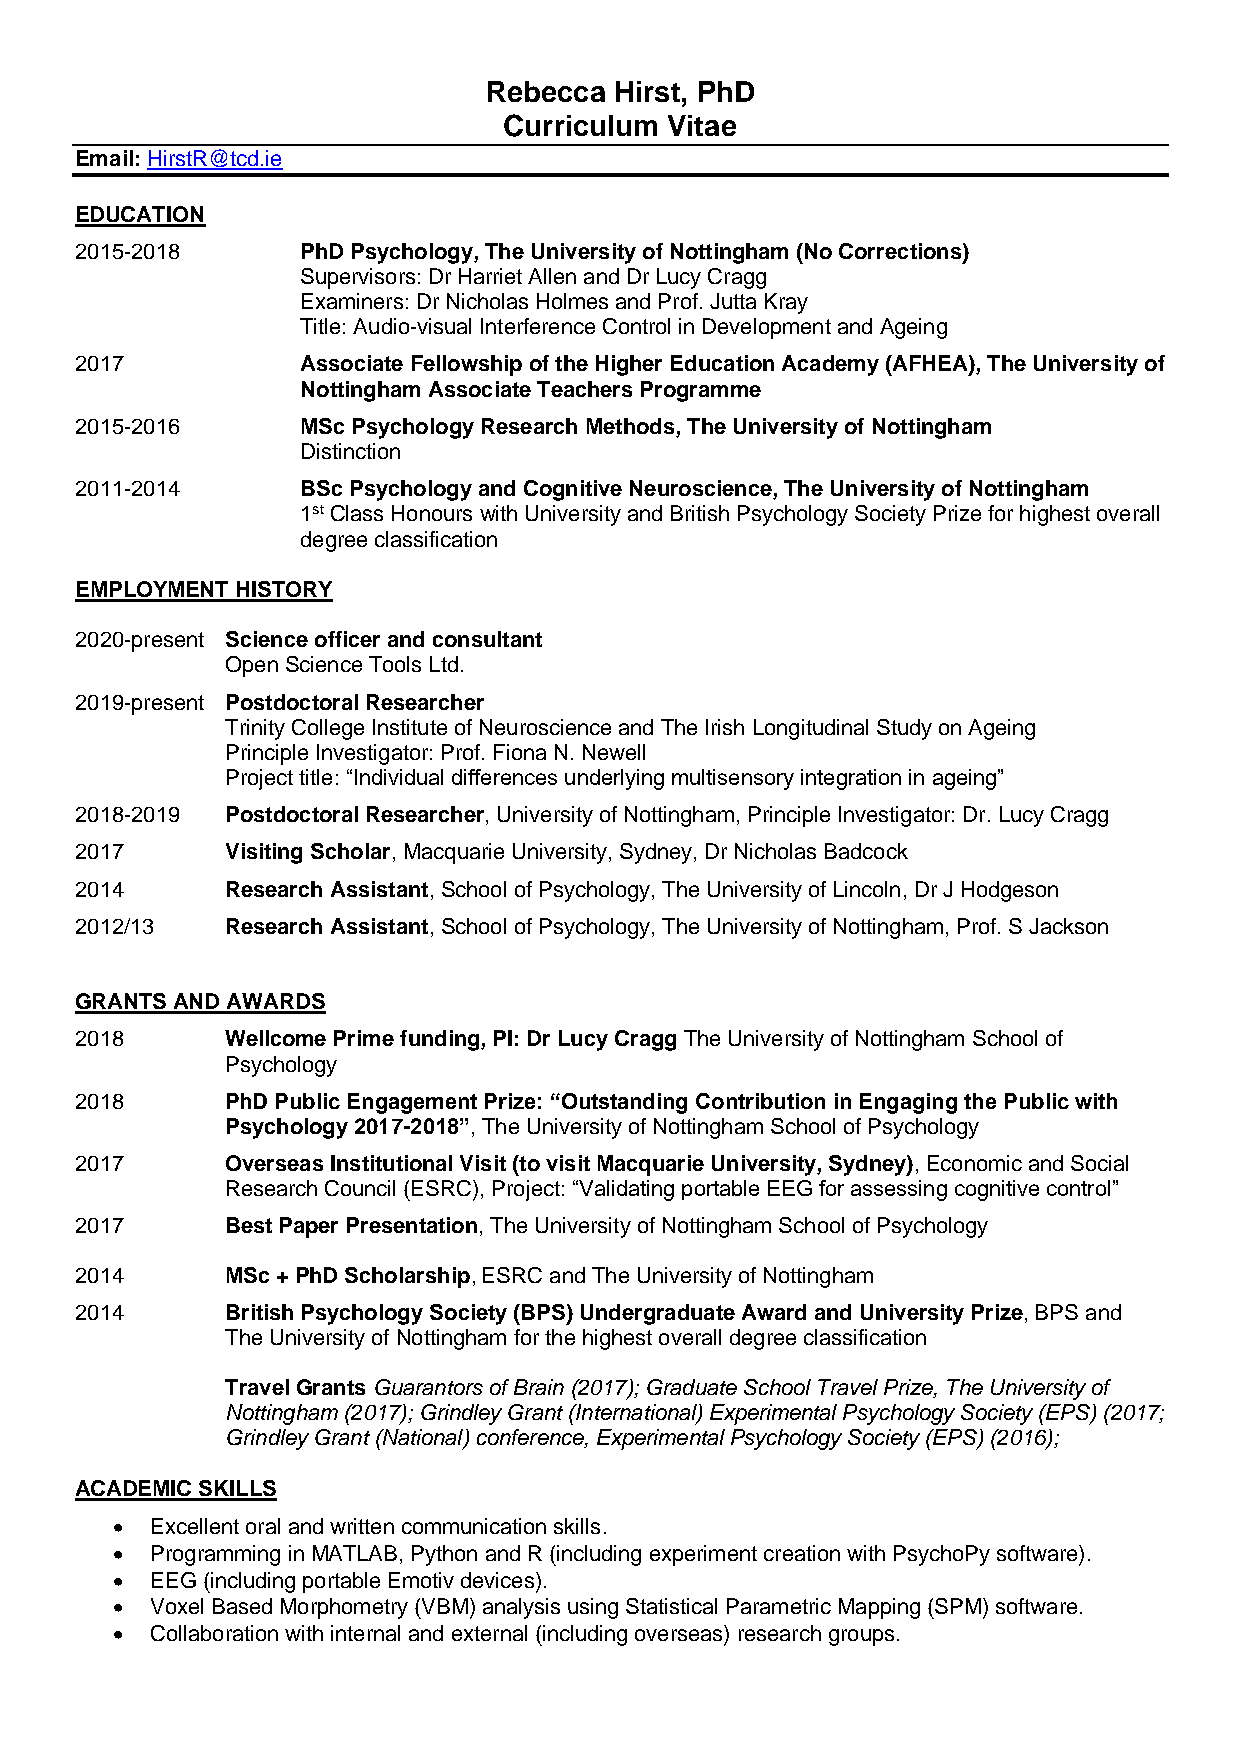
Rebecca  Hirst, PhD
 Curriculum Vitae
 Email: HirstR@tcd.ie
 EDUCATION
 2015-2018      PhD Psychology, The University of Nottingham (No Corrections)
 Supervisors: Dr Harriet Allen and Dr Lucy Cragg
 Examiners: Dr Nicholas Holmes and Prof. Jutta Kray
 Title: Audio-visual Interference Control in Development and Ageing
 2017           Associate Fellowship of the Higher Education Academy (AFHEA), The University of
 Nottingham Associate Teachers Programme
 2015-2016      MSc Psychology Research Methods, The University of Nottingham
 Distinction
 2011-2014      BSc Psychology and Cognitive Neuroscience, The University of Nottingham
 1st Class Honours with University and British Psychology Society Prize for highest overall
 degree classification
 EMPLOYMENT HISTORY
 2020-present Science officer and consultant
 Open Science Tools Ltd.
 2019-present Postdoctoral Researcher
 Trinity College Institute of Neuroscience and The Irish Longitudinal Study on Ageing
 Principle Investigator: Prof. Fiona N. Newell
 Project title: “Individual differences underlying multisensory integration in ageing”
 2018-2019 Postdoctoral Researcher, University of Nottingham, Principle Investigator: Dr. Lucy Cragg
 2017      Visiting Scholar, Macquarie University, Sydney, Dr Nicholas Badcock
 2014      Research Assistant, School of Psychology, The University of Lincoln, Dr J Hodgeson
 2012/13   Research Assistant, School of Psychology, The University of Nottingham, Prof. S Jackson
 GRANTS AND AWARDS
 2018      Wellcome Prime funding, PI: Dr Lucy Cragg The University of Nottingham School of
 Psychology
 2018      PhD Public Engagement Prize: “Outstanding Contribution in Engaging the Public with
 Psychology 2017-2018”, The University of Nottingham School of Psychology
 2017      Overseas Institutional Visit (to visit Macquarie University, Sydney), Economic and Social
 Research Council (ESRC), Project: “Validating portable EEG for assessing cognitive control”
 2017      Best Paper Presentation, The University of Nottingham School of Psychology
 2014      MSc + PhD Scholarship, ESRC and The University of Nottingham
 2014      British Psychology Society (BPS) Undergraduate Award and University Prize, BPS and
 The University of Nottingham for the highest overall degree classification
 Travel Grants Guarantors of Brain (2017); Graduate School Travel Prize, The University of
 Nottingham (2017); Grindley Grant (International) Experimental Psychology Society (EPS) (2017;
 Grindley Grant (National) conference, Experimental Psychology Society (EPS) (2016);
 ACADEMIC SKILLS
 •  Excellent oral and written communication skills.
 •  Programming in MATLAB, Python and R (including experiment creation with PsychoPy software).
 •  EEG (including portable Emotiv devices).
 •  Voxel Based Morphometry (VBM) analysis using Statistical Parametric Mapping (SPM) software.
 •  Collaboration with internal and external (including overseas) research groups.